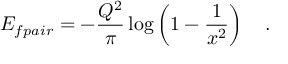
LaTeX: E _ { f p a i r } = - \frac { Q ^ { 2 } } { \pi } \log \left( 1 - \frac { 1 } { x ^ { 2 } } \right) \quad .